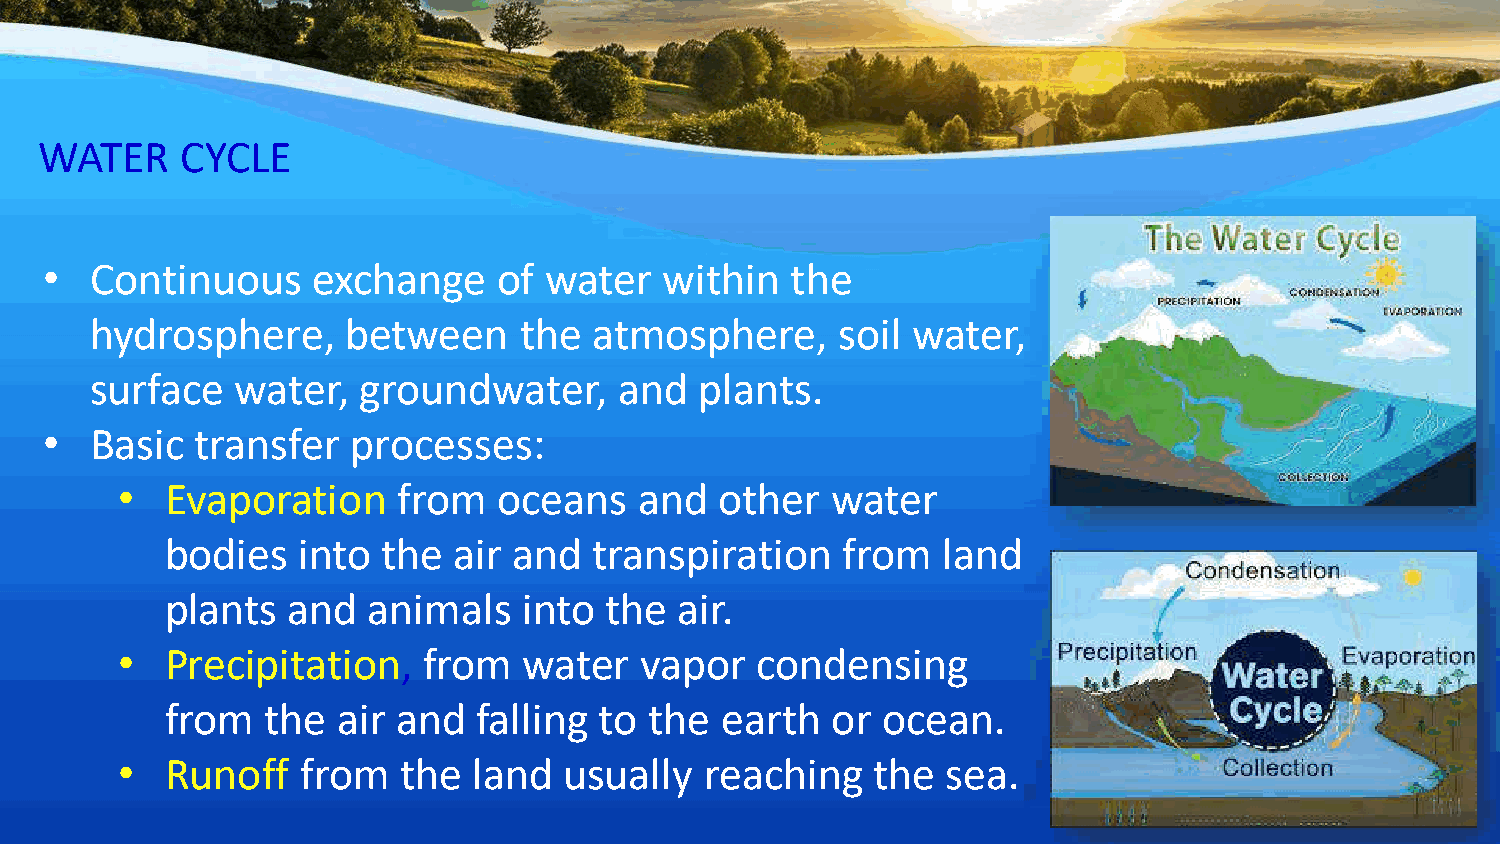
WATER    CYCLE
 •  Continuous     exchange    of water   within  the
 hydrosphere,     between    the  atmosphere,      soil water,
 surface   water,  groundwater,     and  plants.
 •  Basic  transfer  processes:
 •  Evaporation    from   oceans   and   other  water
 bodies   into the  air and  transpiration    from  land
 plants  and  animals    into the  air.
 •  Precipitation,   from   water  vapor   condensing
 from   the air and   falling to the  earth  or ocean.
 •  Runoff   from   the land  usually   reaching   the  sea.